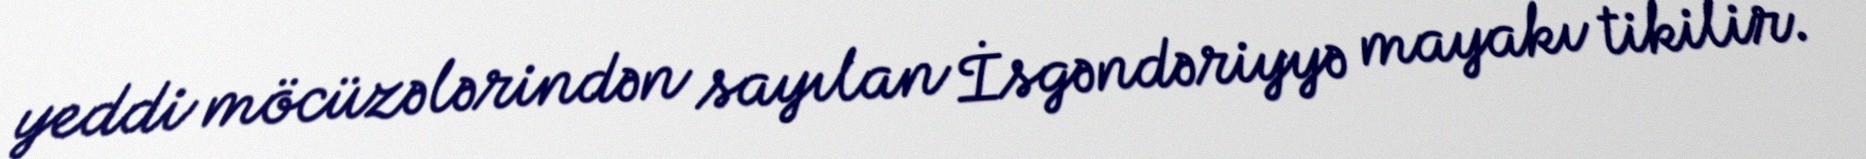
yeddi möcüzələrindən sayılan İsgəndəriyyə mayakı tikilir.